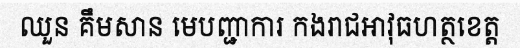
ឈួន គឹមសាន មេបញ្ជាការ កងរាជអាវុធហត្ថខេត្ត